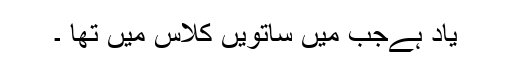
یاد ہےجب میں ساتویں کلاس میں تھا ۔